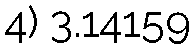
4) 3.14159